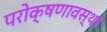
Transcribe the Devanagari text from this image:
परोक्षणावस्था